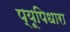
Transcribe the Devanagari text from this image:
प्यूपिधारा